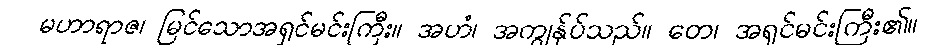
မဟာရာဇ၊ မြင်သောအရှင်မင်းကြီး။ အဟံ၊ အကျွန်ုပ်သည်။ တေ၊ အရှင်မင်းကြီး၏။